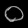
Digit: ၀